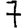
Digit: 7